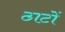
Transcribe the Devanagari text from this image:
ठाटों